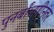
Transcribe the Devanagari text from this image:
पुनर्बांधणीनंतर